Indian Medical Review
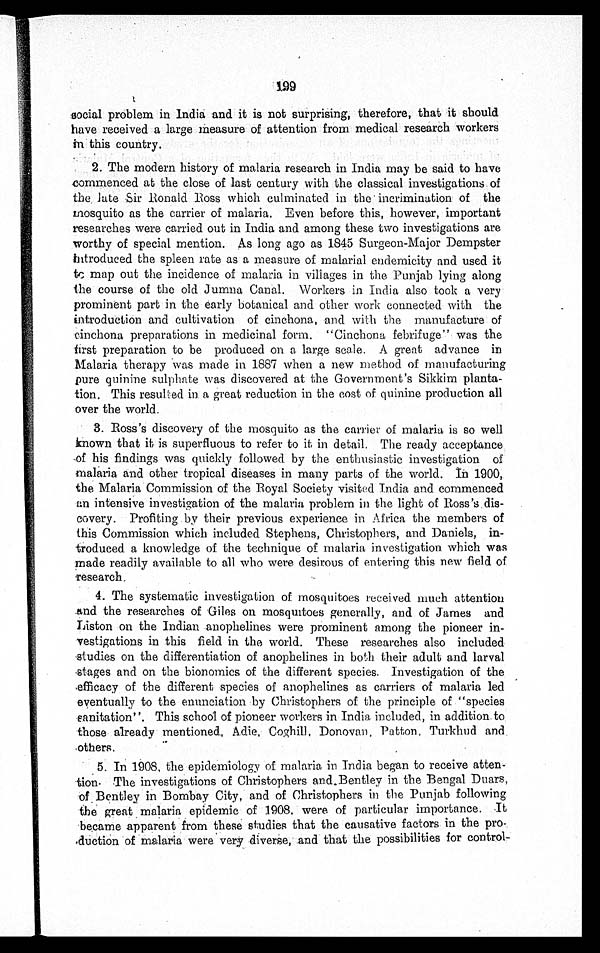
199
social problem in India and it is not surprising, therefore, that it should
have received a large measure of attention from medical research workers
in this country.
2. The modern history of malaria research in India may be said to have
commenced at the close of last century with the classical investigations of
the late Sir Ronald Ross which culminated in the incrimination of the
mosquito as the carrier of malaria. Even before this, however, important
researches were carried out in India and among these two investigations are
worthy of special mention. As long ago as 1845 Surgeon-Major Dempster
introduced the spleen rate as a measure of malarial endemicity and used it
to map out the incidence of malaria in villages in the Punjab lying along
the course of the old Jumna Canal. Workers in India also took a very
prominent part in the early botanical and other work connected with the
introduction and cultivation of cinchona, and with the manufacture of
cinchona preparations in medicinal form. "Cinchona febrifuge" was the
first preparation to be produced on a large scale. A great advance in
Malaria therapy was made in 1887 when a new method of manufacturing
pure quinine sulphate was discovered at the Government's Sikkim planta
-tion. This resulted in a great reduction in the cost of quinine production all
over the world.
3. Ross's discovery of the mosquito as the carrier of malaria is so well
known that it is superfluous to refer to it in detail. The ready acceptance
of his findings was quickly followed by the enthusiastic investigation of
malaria and other tropical diseases in many parts of the world. In 1900,
the Malaria Commission of the Royal Society visited India and commenced
an intensive investigation of the malaria problem in the light of
R o s s ' s d i s - c o v e r y . P r o f i t i n g b y t h e i r p r e v i o u s e x p e r i e n c e i n A f r i c a t h e m e m b e r s o f
this Commission which included Stephens, Christophers, and Daniels, in
-troduced a knowledge of the technique of malaria investigation which was
made readily available to all who were desirous of entering this new field of
research.
4. The systematic investigation of mosquitoes received much attention
and the researches of Giles on mosquitoes generally, and of James and
Liston on the Indian anophelines were prominent among the pioneer in
-vestigations in this field in the world. These researches also
i n c l u d e d s t u d i e s o n t h e d i f f e r e n t i a t i o n o f a n o p h e l i n e s i n b o t h t h e i r a d u l t a n d l a r v a l
stages and on the bionomics of the different species. Investigation of the
efficacy of the different species of anophelines as carriers of malaria led
eventually to the enunciation by Christophers of the principle of "species
sanitation". This school of pioneer workers in India included, in addition to
those already mentioned, Adie, Coghill, Donovan, Patton, Turkhud and
others.
5. In 1908, the epidemiology of malaria in India began to receive atten
- t i o n . T h e i n v e s t i g a t i o n s o f C h r i s t o p h e r s a n d B e n t l e y i n t h e B e n g a l D u a r s ,
of Bentley in Bombay City, and of Christophers in the Punjab following
the great malaria epidemic of 1908, were of particular importance. It
became apparent from these studies that the causative factors in the pro
-duction of malaria were very diverse, and that the possibilities for control-